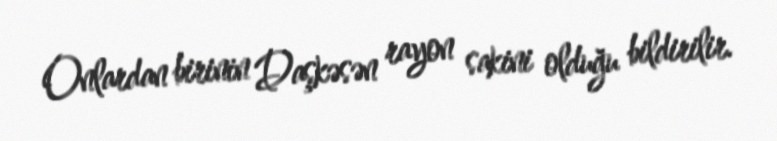
Onlardan birinin Daşkəsən rayon sakini olduğu bildirilir.